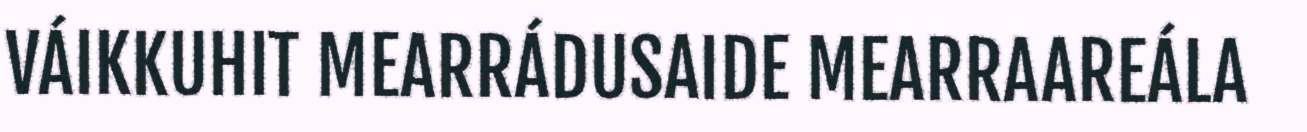
VÁIKKUHIT MEARRÁDUSAIDE MEARRAAREÁLA